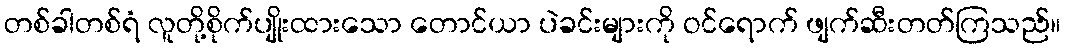
တစ်ခါတစ်ရံ လူတို့စိုက်ပျိုးထားသော တောင်ယာ ပဲခင်းများကို ဝင်ရောက် ဖျက်ဆီးတတ်ကြသည်။